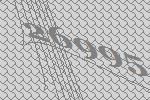
26995